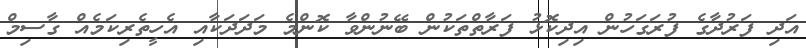
އަދި ފަރުދާގެ ފުރަގަހުން އިދިކޮޅު ފަރާތްތަކުން ބޭނުންވާ ކޮންމެ މަދަދަކާއި އެހީތެރިކަމެއް ގާސިމް